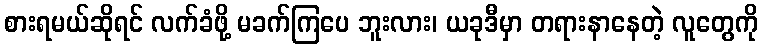
စားရမယ်ဆိုရင် လက်ခံဖို့ မခက်ကြပေ ဘူးလား၊ ယခုဒီမှာ တရားနာနေတဲ့ လူတွေကို